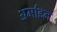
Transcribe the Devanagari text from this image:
अर्माइन